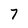
Character: 7